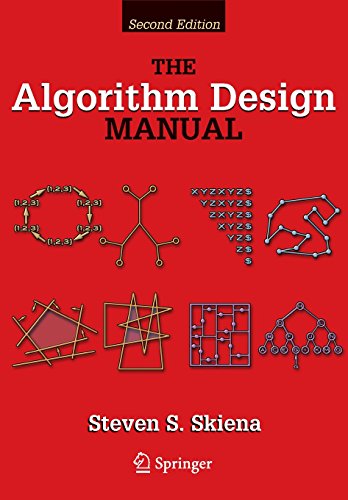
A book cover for The Algorithm Design Manual; Steven S Skiena; Computers & Technology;